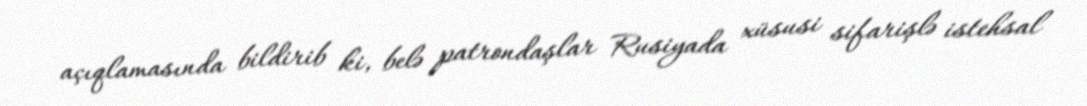
açıqlamasında bildirib ki, belə patrondaşlar Rusiyada xüsusi sifarişlə istehsal